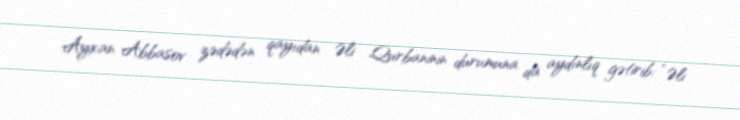
Ayxan Abbasov zədədən qayıdan Əli Qurbaninin durumuna da aydınlıq gətirib: “Əli